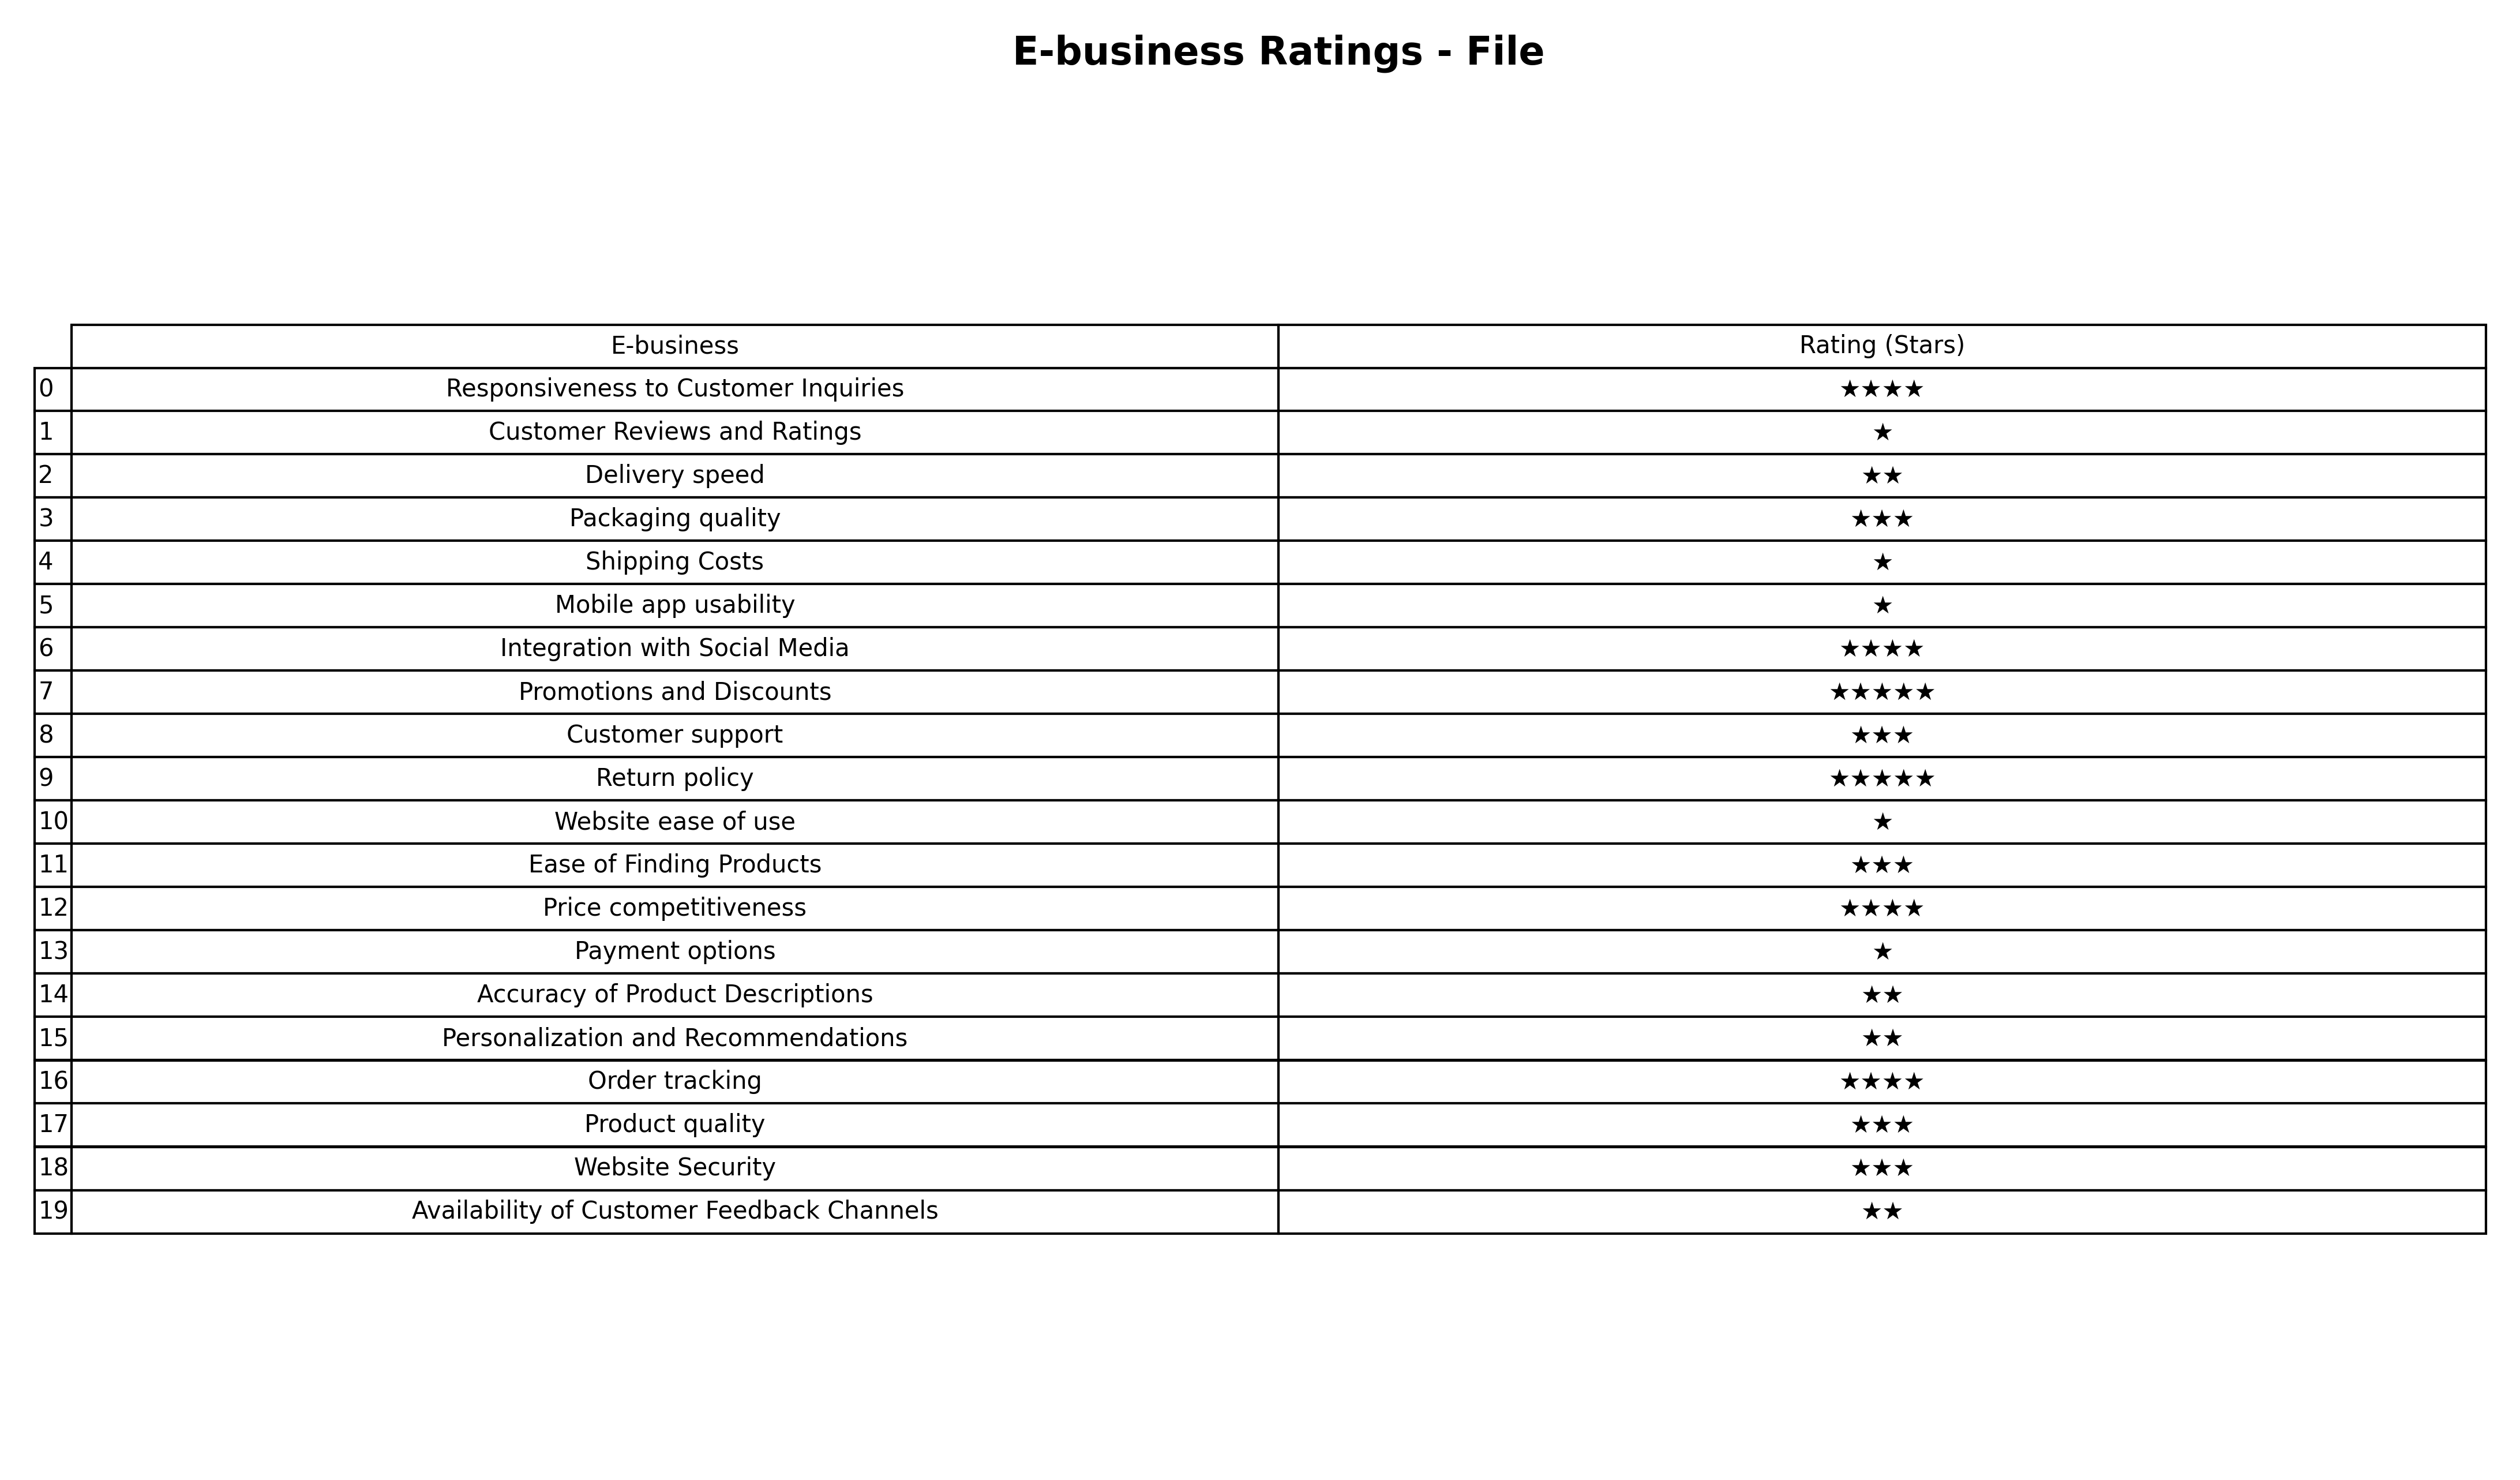
question: What are highest rating services?
answer: Packaging qualityCustomer supportEase of Finding ProductsProduct qualityWebsite Security